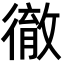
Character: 徹